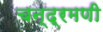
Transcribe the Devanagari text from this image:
चन्द्रमणी